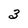
Character: 3